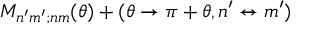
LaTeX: { \cal M } _ { n ^ { \prime } m ^ { \prime } ; n m } ( \theta ) + ( \theta \rightarrow \pi + \theta , n ^ { \prime } \leftrightarrow m ^ { \prime } )